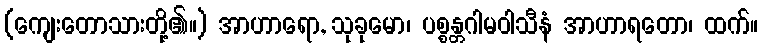
(ကျေးတောသားတို့၏။) အာဟာရော, သုခုမော၊ ပစ္စန္တဂါမဝါသီနံ အာဟာရတော၊ ထက်။